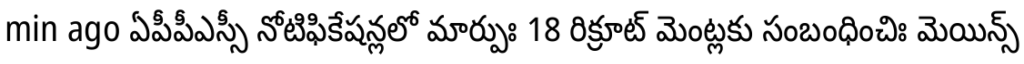
min ago ఏపీపీఎస్సీ నోటిఫికేషన్లలో మార్పుః 18 రిక్రూట్ మెంట్లకు సంబంధించిః మెయిన్స్